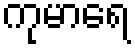
ကုမာရေ